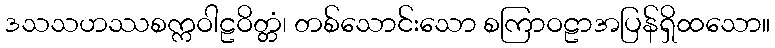
ဒသသဟဿစက္ကဝါဠဝိတ္တံ၊ တစ်သောင်းသော စကြာဝဠာအပြန်ရှိထသော။